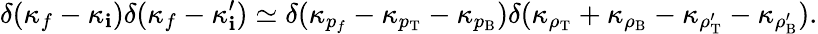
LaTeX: \delta(\kappa_{f}-\kappa_{\mathbf{i}})\delta(\kappa_{f}-\kappa_{\mathbf{i}}^{\prime})\simeq\delta(\kappa_{p_{f}}-\kappa_{p_{\mathrm{{T}}}}-\kappa_{p_{\mathrm{{B}}}})\delta(\kappa_{\rho_{\mathrm{{T}}}}+\kappa_{\rho_{\mathrm{{B}}}}-\kappa_{\rho_{\mathrm{{T}}}^{\prime}}-\kappa_{\rho_{\mathrm{{B}}}^{\prime}}).